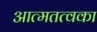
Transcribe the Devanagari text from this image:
आत्मतत्वका